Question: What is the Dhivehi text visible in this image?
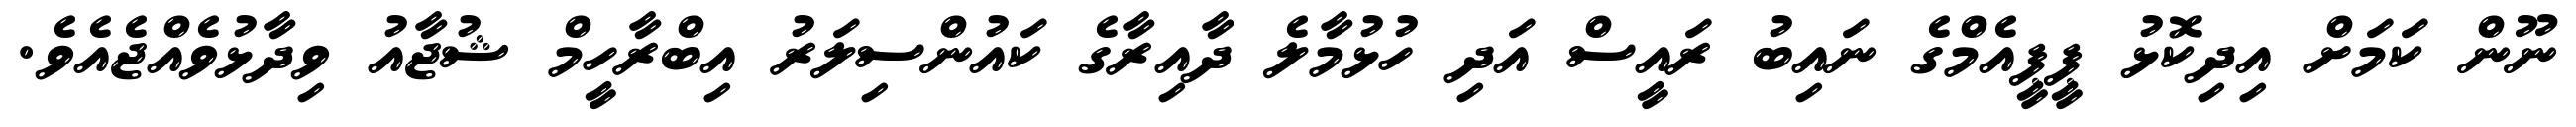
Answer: ނޫން ކަމަށް އިދިކޮޅު ޕީޕީއެމްގެ ނައިބު ރައީސް އަދި ހުޅުމާލެ ދާއިރާގެ ކައުންސިލަރު އިބްރާހީމް ޝުޖާއު ވިދާޅުވެއްޖެއެވެ.